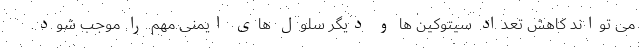
می تواند کاهش تعداد سیتوکین ها و دیگر سلول های ایمنی مهم را موجب شود.